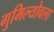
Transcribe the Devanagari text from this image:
गुमिल्योवला